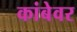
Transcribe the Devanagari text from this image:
कांबेवर